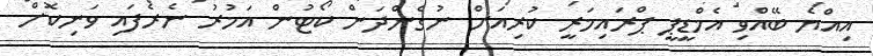
އިއްޔެ ބޭއްވި އެމްޑީޕީ ޕްރައިމަރީ ކުރިއަށް ނުގެންދަން ކޯޓުން އަމުރު ނެރެފައި ވަނިކޮށް